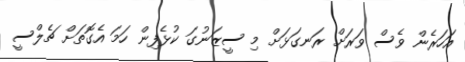
އަހަރެން ވެސް ވަރަށް ރަނގަޅަށް މި ސީޒަނުގަ ކުޅެފިން ހަމަ އެގޮތަށް ޗެލްސީ